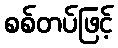
စစ်တပ်ဖြင့်